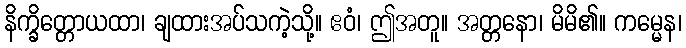
နိက္ခိတ္တောယထာ၊ ချထားအပ်သကဲ့သို့။ ဧဝံ၊ ဤအတူ။ အတ္တနော၊ မိမိ၏။ ကမ္မေန၊